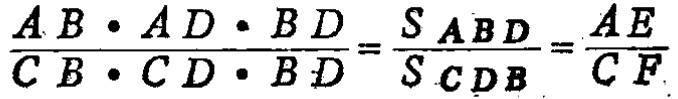
\(\frac{AB\cdot AD\cdot BD}{CB\cdot CD\cdot BD}=\frac{S_{ABD}}{S_{CDB}}=\frac{AE}{CF}\)